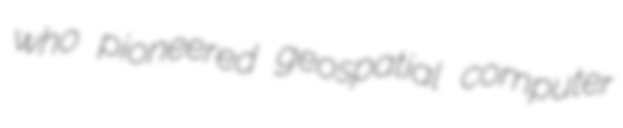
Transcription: who pioneered geospatial computer